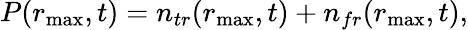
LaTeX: P(r_{\operatorname*{max}},t)=n_{tr}(r_{\operatorname*{max}},t)+n_{fr}(r_{\operatorname*{max}},t),